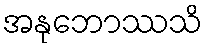
အနုဘောဿသိ